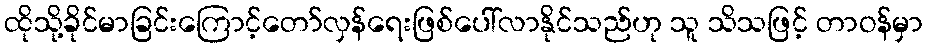
ထိုသို့ခိုင်မာခြင်းကြောင့်တော်လှန်ရေးဖြစ်ပေါ်လာနိုင်သည်ဟု သူ သိသဖြင့် တာဝန်မှာ